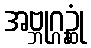
အဗ္ဘုဂ္ဂဉ္ဆုံ